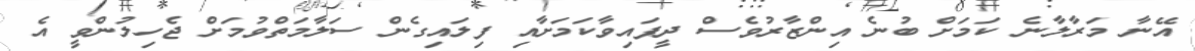
އޭނާ މަރާލާނެ ކަމަށް ބުނެ އިންޒާރުވެސް ދީފައިވާކަމަށާއި ފިލައިގެން ސަލާމަތްވުމަށް ޖެހިލުންވީ އެ